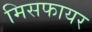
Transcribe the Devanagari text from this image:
मिसफायर